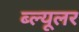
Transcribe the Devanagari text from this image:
ब्ल्यूलर